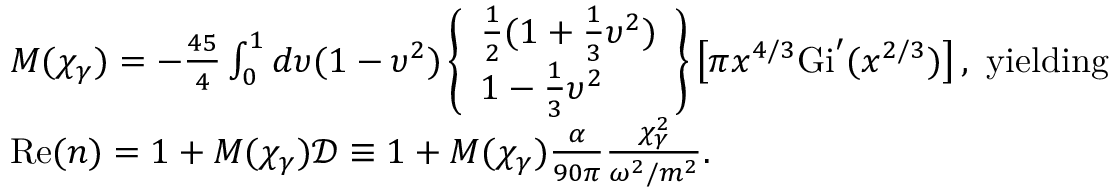
\begin{array} { l } { M ( \chi _ { \gamma } ) = - \frac { 4 5 } { 4 } \int _ { 0 } ^ { 1 } d \upsilon ( 1 - \upsilon ^ { 2 } ) \left\{ \begin{array} { l } { \frac { 1 } { 2 } ( 1 + \frac { 1 } { 3 } \upsilon ^ { 2 } ) } \\ { 1 - \frac { 1 } { 3 } \upsilon ^ { 2 } } \end{array} \right\} \left[ \pi x ^ { 4 / 3 } \mathrm { G i } ^ { \prime } ( x ^ { 2 / 3 } ) \right] , ~ \mathrm { y i e l d i n g } } \\ { \mathrm { R e } ( n ) = 1 + M ( \chi _ { \gamma } ) \mathcal { D } \equiv 1 + M ( \chi _ { \gamma } ) \frac { \alpha } { 9 0 \pi } \frac { \chi _ { \gamma } ^ { 2 } } { \omega ^ { 2 } / m ^ { 2 } } . } \end{array}